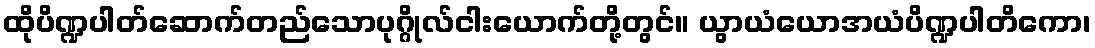
ထိုပိဏ္ဍပါတ်ဆောက်တည်သောပုဂ္ဂိုလ်ငါးယောက်တို့တွင်။ ယွာယံယောအယံပိဏ္ဍပါတိကော၊